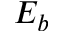
E _ { b }